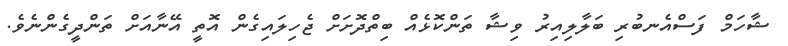
ޝާހަމް ފަސްއެނބުރި ބަލާލިއިރު ވިޝާ ތަންކޮޅެއް ބިތްދޮށަށް ޖެހިލައިގެން އޮތީ އޭނާއަށް ތަންދީގެންނެވެ.